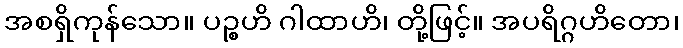
အစရှိကုန်သော။ ပဉ္စဟိ ဂါထာဟိ၊ တို့ဖြင့်။ အပရိဂ္ဂဟိတော၊